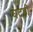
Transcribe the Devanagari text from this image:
घटही